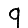
Digit: 9